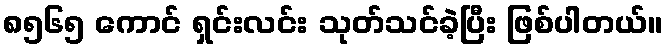
၈၅၆၅ ကောင် ရှင်းလင်း သုတ်သင်ခဲ့ပြီး ဖြစ်ပါတယ်။